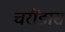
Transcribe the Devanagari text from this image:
चरौंडास